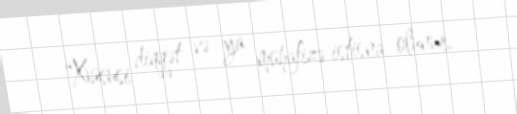
“Xüsusi diqqət və ya mühafizə istisna olunur.